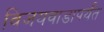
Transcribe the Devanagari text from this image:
विजयवाडापर्यंत